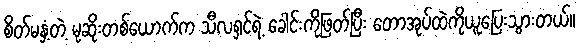
စိတ်မနှံ့တဲ့ မုဆိုးတစ်ယောက်က သီလရှင်ရဲ့ ခေါင်းကိုဖြတ်ပြီး တောအုပ်ထဲကိုယူပြေးသွားတယ်။